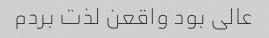
عالی بود واقعن لذت بردم